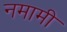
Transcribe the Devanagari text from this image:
नमामी